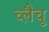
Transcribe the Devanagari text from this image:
व्लैचू